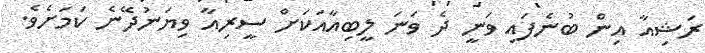
ރަޝިއާ އިން ބުނެފައި ވަނީ ދެ ވަނަ ލީބިއާއަކަށް ސީރިއާ ވިޔަނުދޭނެ ކަމަށެވެ.